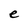
Character: e